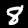
Digit: 8